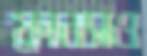
ফ্রানসও